Riigikantselei, lk 4
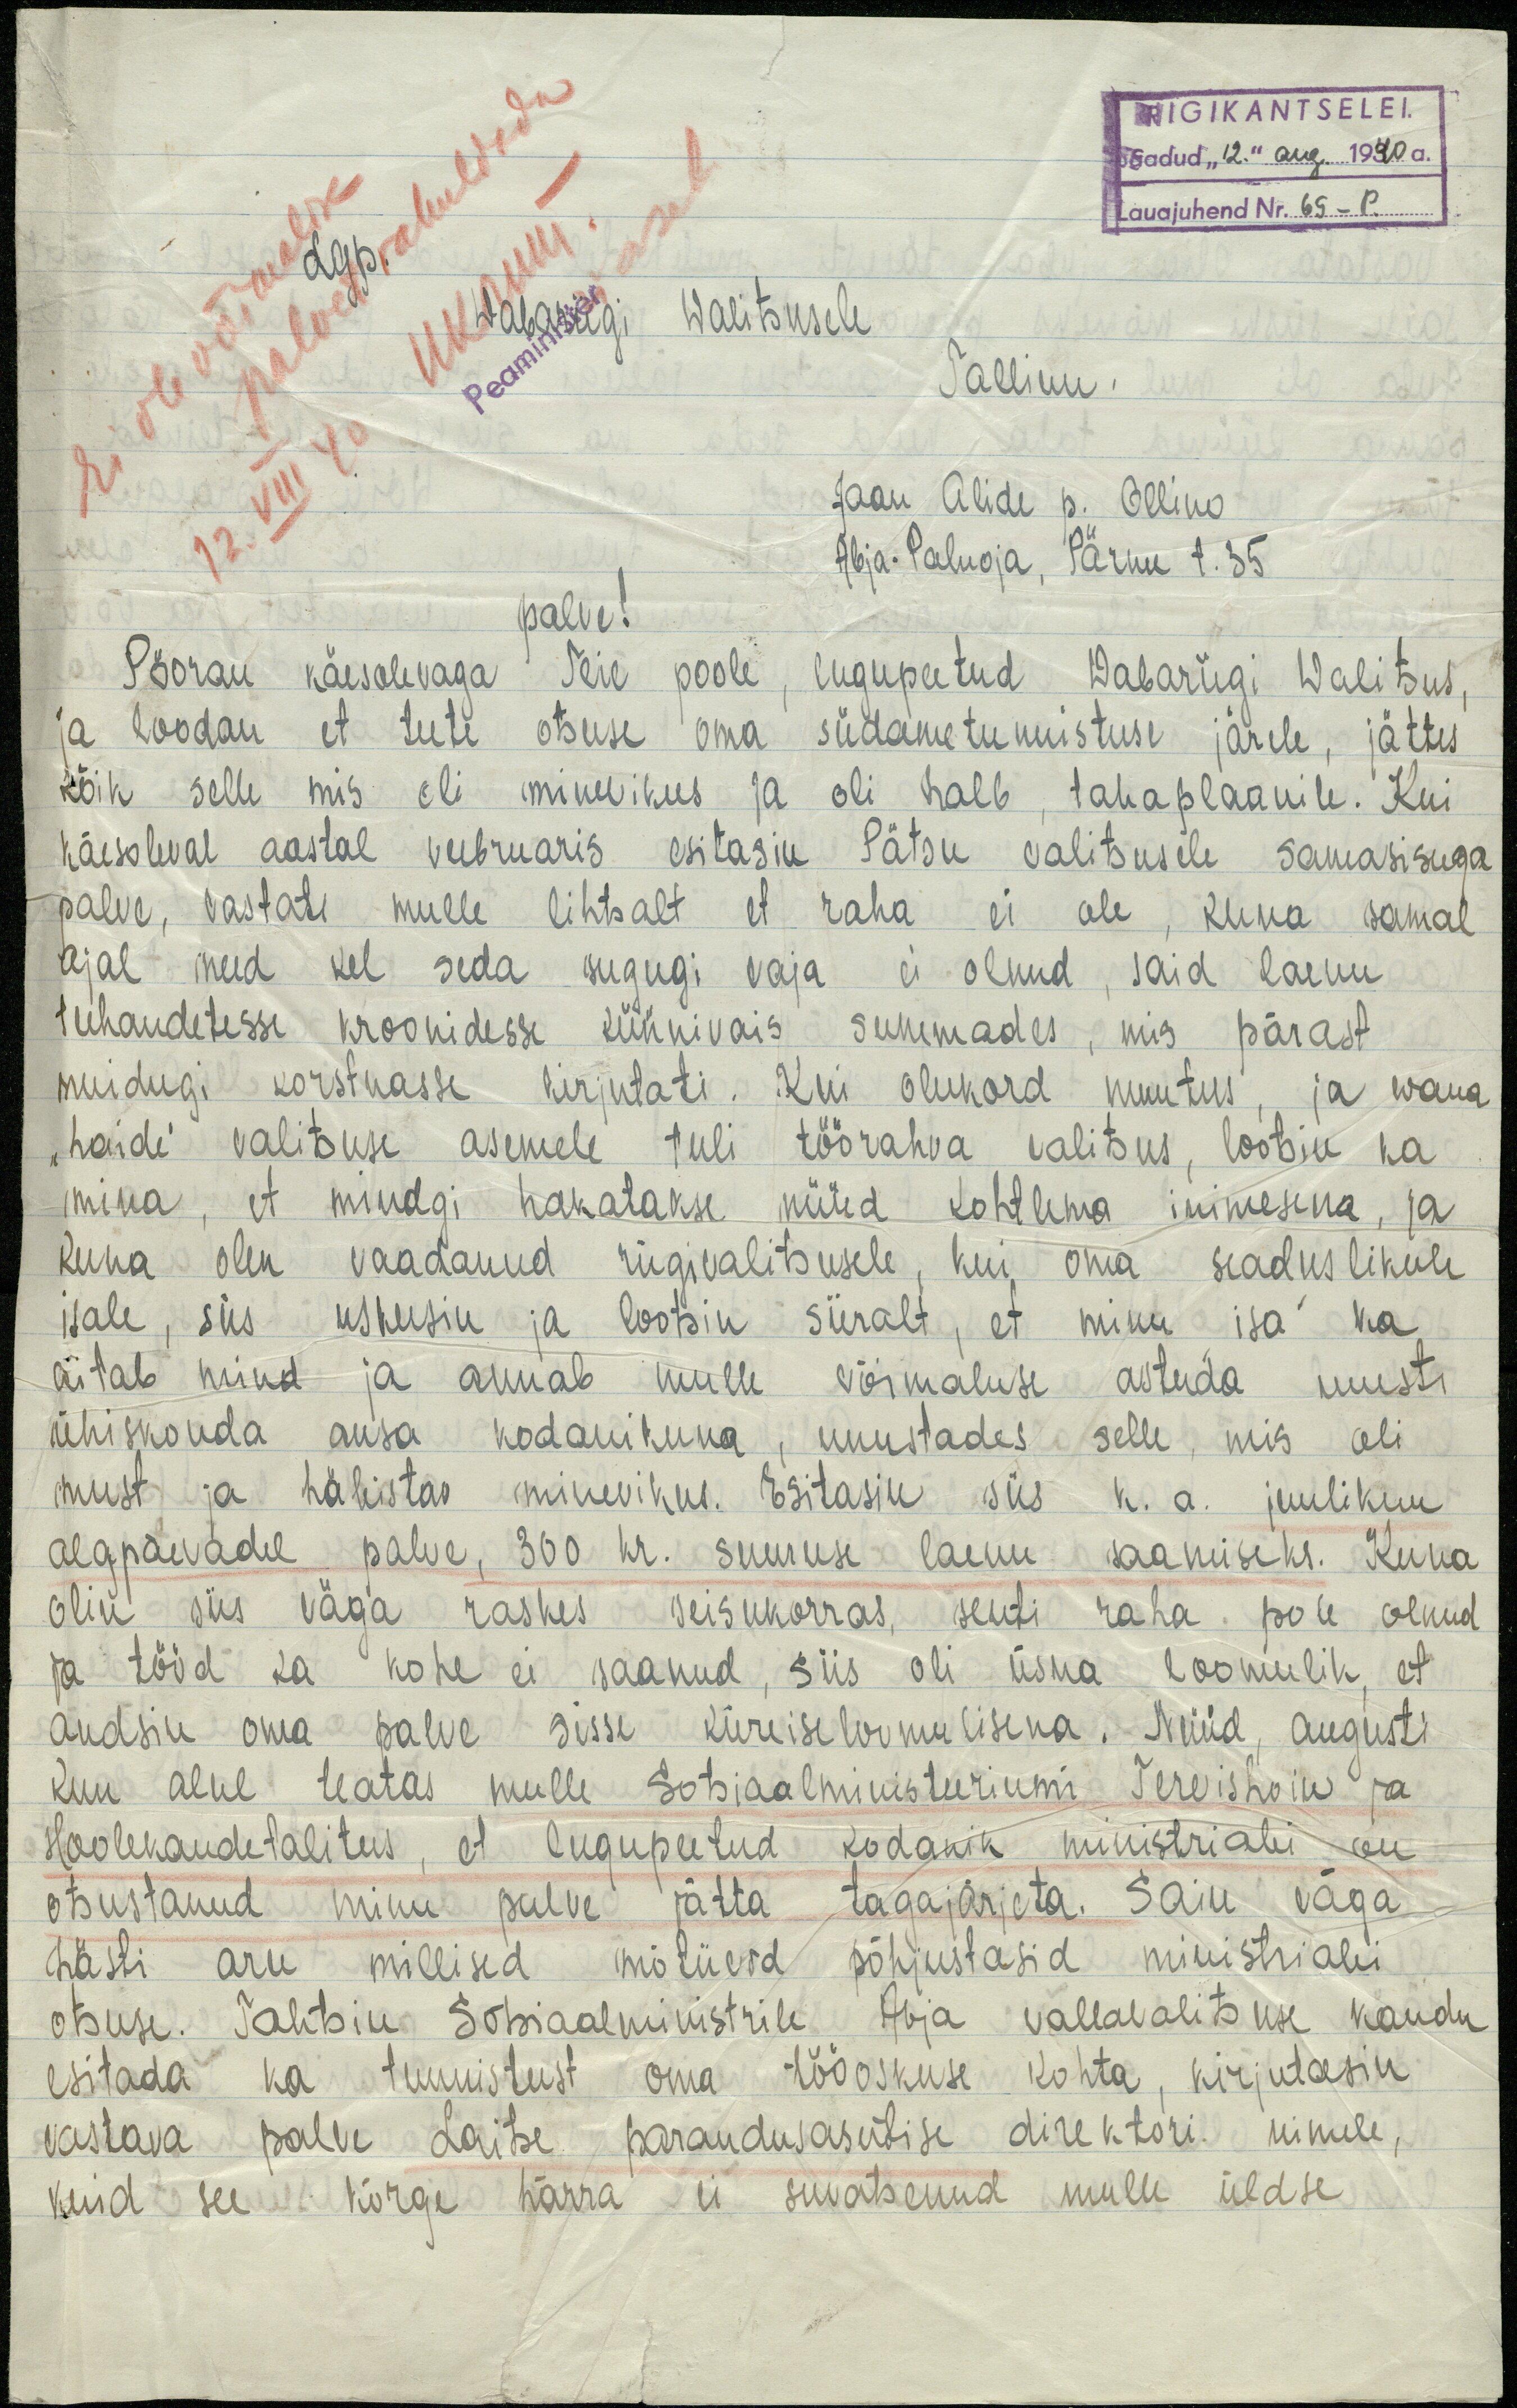
RiIGIKANTSELEI.
Saadud "12." aug. 1940 a.
Lauajuhend Nr. 69- P.
Vabariigi Walitsusele
Tallinn.
Jaan Alide p. Ollino
Abja-Paluoja, Pärnu t. 35
palve!
Pööran käesolevaga Teie poole, lugupeetud Wabariigi Walitsus,
ja loodan et teete otsuse oma südametunnistuse järele, jättes
kõik selle mis oli minevikus ja oli halb tahaplaanile. Kui
käesoleval aastal veebruaris esitasin Pätsu valitsusele sama sisuga
palve, vastati mulle lihtsalt et raha ei ole, kuna samal
ajal need kel seda sugugi vaja ei olnud, said laenu
tuhendetesse kroonidesse küünivais summades, mis pärast
muidugi korstnasse kirjutati. Kui olukord muutus ja wana
"hoide" valitsuse asemele tuli töörahva valitsus, lootsin ka
mina, et mindgi hakatakse nüüd kohtlema inimesena, ja
kuna olen vaadanud riigivalitsusele, kui oma seaduslikule
isale, siis uskusin ja lootsin siiralt, et minu isa ka
aitab mind ja annab mulle võimaluse astuda uuesti
ühiskonda ausa kodanikuna, unustades selle mis oli
must ja häbistas minevikus. Esitasin siis k.a. juulikuu
algpäevadel palve, 300 kr. suuruse laenu saamiseks. Kuna
olin siis väga raskes seisukorras, senti raha pole olnud
ja tööd ka kohe ei saanud, siis oli üsna loomulik, et
andsin oma palve sisse kiireiseloomulisena. Nüüd, augusti
kuu alul teatas mulle sotsjaalministeeriumi Tervishoiu ja
hoolekandetalitus, et lugupeetud kodanik ministriabi on
otsustanud minu palve jätta tagajärjeta. Sain väga
hästi aru, millised mõtüerd põhjustasid ministriabi
otsuse. Tahtsin Sotsiaalministrile Abja vallavalitsuse kaudu
esitada ka tunnistust oma tööskuse kohta, kirjutasin
vastava palve Laitse parandusasutise direktori nimele,
kuid see kõrge härra ei suvatsenud mulle üldse